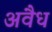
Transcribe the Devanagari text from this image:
अवैध